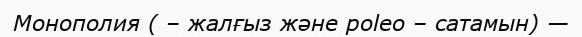
Монополия ( – жалғыз және poleo – сатамын) —